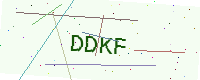
Text: DDKF